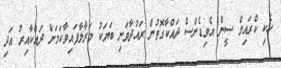
ހެކި ކްރައިމް ސީން އެވިޑެންސް ދައްކާގޮތުން ރައުދާވަނި ބަޔަކު މަރާލާފައިވާކަމަށް ދައްކާއިރު އަދި